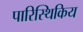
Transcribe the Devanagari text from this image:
पारिस्थिकिय